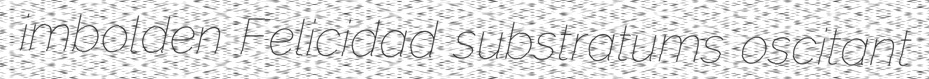
imbolden Felicidad substratums oscitant